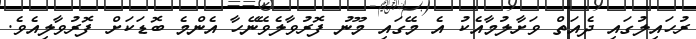
ރުހައިލުގައި ދެއަތް ވަށާލުމާއެކު އެ މޭގައި މޫނު ފޮރުވާލެވޭނޭހާ އެންމެ ބޮޑަކަށް ފޮރުވާލިއެވެ.